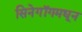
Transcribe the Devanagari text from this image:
सिनेगॉगमधून